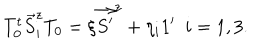
LaTeX: T _ { 0 } ^ { t } \vec { S } _ { i } ^ { z } T _ { 0 } = \xi \vec { S ^ { \prime } } ^ { z } + \eta _ { i } 1 ^ { \prime } \ \ i = 1 , 3 .